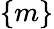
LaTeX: \{ m\}